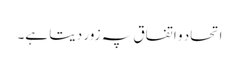
اتحاد و اتفاق پہ زور دیتا ہے۔